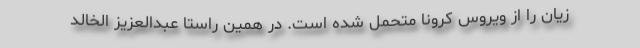
زیان را از ویروس کرونا متحمل شده است. در همین راستا عبدالعزیز الخالد